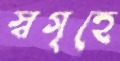
স্বগৃহে